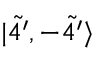
| \Tilde { 4 ^ { \prime } } , - \Tilde { 4 ^ { \prime } } \rangle